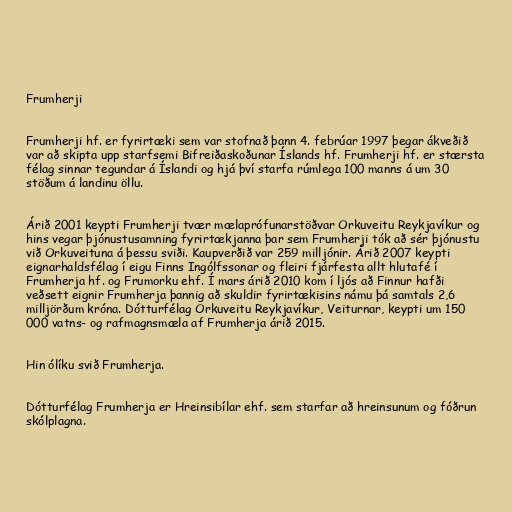
Frumherji

Frumherji hf. er fyrirtæki sem var stofnað þann 4. febrúar 1997 þegar ákveðið
var að skipta upp starfsemi Bifreiðaskoðunar Íslands hf. Frumherji hf. er stærsta
félag sinnar tegundar á Íslandi og hjá því starfa rúmlega 100 manns á um 30
stöðum á landinu öllu.

Árið 2001 keypti Frumherji tvær mælaprófunarstöðvar Orkuveitu Reykjavíkur og
hins vegar þjónustusamning fyrirtækjanna þar sem Frumherji tók að sér þjónustu
við Orkuveituna á þessu sviði. Kaupverðið var 259 milljónir. Árið 2007 keypti
eignarhaldsfélag í eigu Finns Ingólfssonar og fleiri fjárfesta allt hlutafé í
Frumherja hf. og Frumorku ehf. Í mars árið 2010 kom í ljós að Finnur hafði
veðsett eignir Frumherja þannig að skuldir fyrirtækisins námu þá samtals 2,6
milljörðum króna. Dótturfélag Orkuveitu Reykjavíkur, Veiturnar, keypti um 150
000 vatns- og rafmagnsmæla af Frumherja árið 2015.

Hin ólíku svið Frumherja.

Dótturfélag Frumherja er Hreinsibílar ehf. sem starfar að hreinsunum og fóðrun
skólplagna.